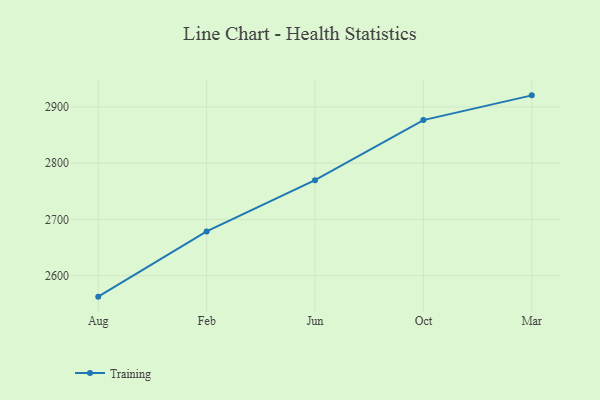
{"axis": {"x": "Month", "y": "Bounce Rate (%)"}, "legend": ["Training"], "data": [{"x": "Aug", "y": 2562.7, "type": "Training"}, {"x": "Feb", "y": 2678.6, "type": "Training"}, {"x": "Jun", "y": 2769.8, "type": "Training"}, {"x": "Oct", "y": 2876.5, "type": "Training"}, {"x": "Mar", "y": 2920.5, "type": "Training"}]}